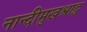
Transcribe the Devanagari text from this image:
नान्दीमुखश्राद्ध